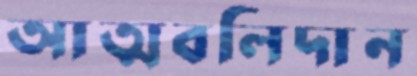
আত্মবলিদান